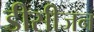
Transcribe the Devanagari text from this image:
डीसीजन